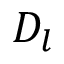
D _ { l }